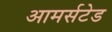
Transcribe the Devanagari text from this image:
आमर्सटेड